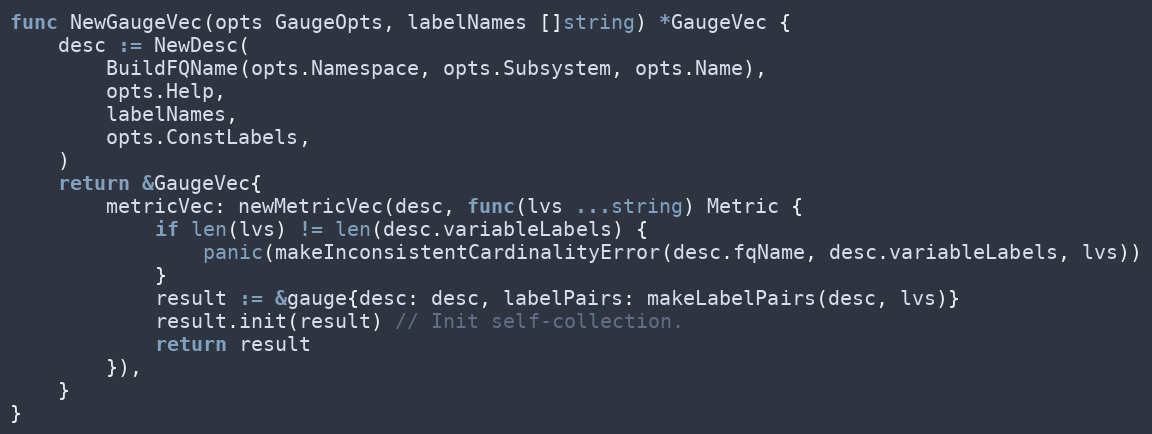
Language: Go
func NewGaugeVec(opts GaugeOpts, labelNames []string) *GaugeVec {
	desc := NewDesc(
		BuildFQName(opts.Namespace, opts.Subsystem, opts.Name),
		opts.Help,
		labelNames,
		opts.ConstLabels,
	)
	return &GaugeVec{
		metricVec: newMetricVec(desc, func(lvs ...string) Metric {
			if len(lvs) != len(desc.variableLabels) {
				panic(makeInconsistentCardinalityError(desc.fqName, desc.variableLabels, lvs))
			}
			result := &gauge{desc: desc, labelPairs: makeLabelPairs(desc, lvs)}
			result.init(result) // Init self-collection.
			return result
		}),
	}
}